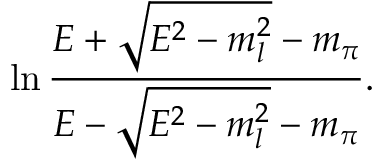
\ln { \frac { E + \sqrt { E ^ { 2 } - m _ { l } ^ { 2 } } - m _ { \pi } } { E - \sqrt { E ^ { 2 } - m _ { l } ^ { 2 } } - m _ { \pi } } } .